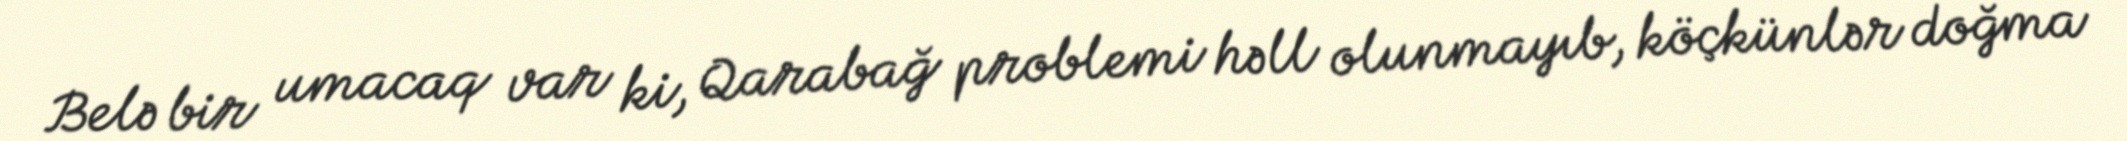
Belə bir umacaq var ki, Qarabağ problemi həll olunmayıb, köçkünlər doğma